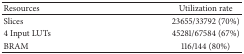
<table><thead><tr><td><b>Resources</b></td><td><b>Utilization rate</b></td></tr></thead><tbody><tr><td>Slices</td><td>23655/33792 (70%)</td></tr><tr><td>4 Input LUTs</td><td>45281/67584 (67%)</td></tr><tr><td>BRAM</td><td>116/144 (80%)</td></tr></tbody></table>